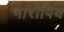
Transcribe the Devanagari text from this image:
भारोपिय